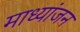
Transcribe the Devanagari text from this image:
माध्यांजन